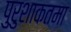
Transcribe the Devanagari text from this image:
पुरुशाकतमा